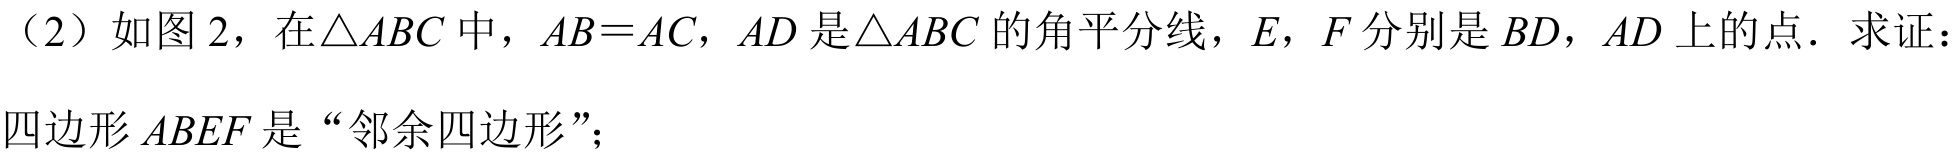
（2）如图 2，在$\triangle ABC$中，$AB = AC$，$AD$是$\triangle ABC$的角平分线，$E$，$F$分别是$BD$，$AD$上的点．求证：
四边形$ABEF$是“邻余四边形”；